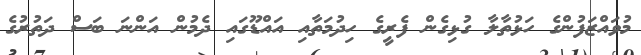
މުވައްޒަފުންގެ ހަޅުތާލާ ގުޅިގެން ފެރީގެ ހިދުމަތާއި އައްޑޫގައި ދެމުން އަންނަ ބަސް ދަތުރުގެ